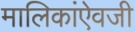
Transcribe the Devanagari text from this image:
मालिकांऐवजी